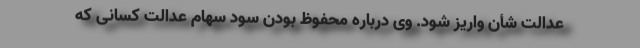
عدالت شأن واریز شود. وی درباره محفوظ بودن سود سهام عدالت کسانی که